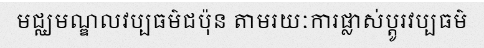
មជ្ឈមណ្ឌលវប្បធម៌ជប៉ុន តាមរយៈការផ្លាស់ប្តូរវប្បធម៌